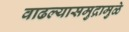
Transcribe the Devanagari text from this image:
वाढल्यासमुद्रामुळे